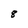
Character: 8